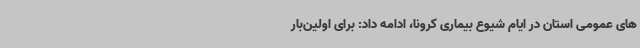
های عمومی استان در ایام شیوع بیماری کرونا، ادامه داد: برای اولین‌بار